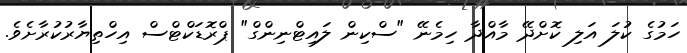
ހަމުގެ ކުލަ އަލި ކޮށްދޭ މާއްދާ ހިމެނޭ "ސްކިން ލައިޓްނިންގް" ޕްރޮޑަކްޓްސް އިހްތިޔާރުކުރާށެވެ.